Report of the Indian Hemp Drugs Commission, 1894-1895 - Volume VI
Year: 1894
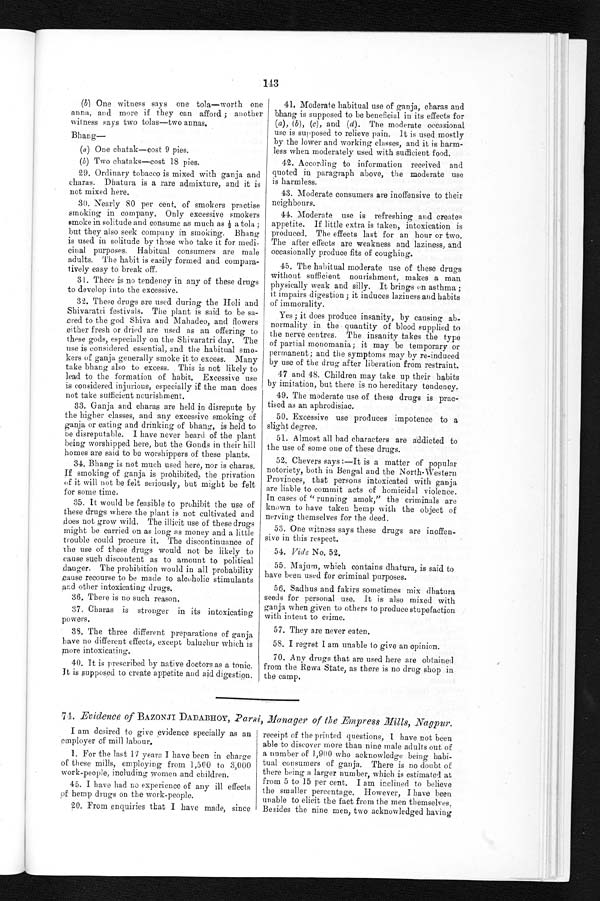
143
( b) One witness says one tola—worth one
anna, and more if they can afford ; another
witness says two tolas—two annas,
Bhang
—
(a) One chatak—cost 9 pies.
(b) Two chataks—cost 18 pies.
29. Ordinary tobacco is mixed with ganja and
charas. Dhatura is a rare admixture, and it is
not mixed here.
30. Nearly 80 per cent. of smokers practise
smoking in company. Only excessive smokers
smoke in solitude and consume as much as ½ a t o l a ;
but they also seek company in smoking. Bhang
is used in solitude by those who take it for medi--
cinal purposes. Habitual consumers are male
adults. The habit is easily formed and compara--
tively easy to break off.
31. There is no tendency in any of these drugs
to develop into the excessive.
32. These drugs are used during the Holi and
Shivaratri festivals. The plant is said to be sa
- c r e d t o t h e g o d S h i v a a n d M a h a d e o , a n d f l o w e r s
either fresh or dried are used as an offering to
these gods, especially on the Shivaratri day. The
use is considered essential, and the habitual smo
- k e r s o f g a n j a g e n e r a l l y s m o k e i t t o e x c e s s . M a n y
take bhang also to excess. This is not likely to
lead to the formation of habit. Excessive use
is considered injurious, especially if the man does
not take sufficient nourishment.
33. Ganja and charas are held in disrepute by
the higher classes, and any excessive smoking of
ganja or eating and drinking of bhang, is held to
be disreputable. I have never heard of the plant
being worshipped here, but the Gonds in their hill
homes are said to be worshippers of these plants.
34. Bhang is not much used here, nor is charas.
If smoking of ganja is prohibited, the privation
of it will not be felt seriously, but might be felt
for some time.
35. It would be feasible to prohibit the use of
these drugs where the plant is not cultivated and
does not grow wild. The illicit use of these drugs
might be carried on as long as money and a little
trouble could procure it. The discontinuance of
the use of these drugs would not be likely to
cause such discontent as to amount to political
danger. The prohibition would in all probability
c a u s e r e c o u r s e t o b e m a d e t o a l c o h o l i c s t i m u l a n t s
and other intoxicating drugs.
36. There is no such reason.
37. Charas is stronger in its intoxicating
powers.
38. The three different preparations of ganja
have no different effects, except baluchur which is
more intoxicating.
40. It is prescribed by native doctors as a tonic.
It is supposed to create appetite and aid digestion.
41. Moderate habitual use of ganja, charas and
bhang is supposed to be beneficial in its effects for
( a ), ( b ), ( c ), and (d). The moderate occasional
use is supposed to relieve pain. It is used mostly
by the lower and working classes, and it is harm--
less when moderately used with sufficient food.
42. According to information received and
quoted in paragraph above, the moderate use
is harmless.
43. Moderate consumers are inoffensive to their
neighbours.
44. Moderate use is refreshing and creates
appetite. If little extra is taken, intoxication is
produced. The effects last for an hour or two.
The after effects are weakness and laziness, and
occasionally produce fits of coughing.
45. The habitual moderate use of these drugs
without sufficient nourishment, makes a man
p h y s i c a l l y w e a k a n d s i l l y . I t b r i n g s o n a s t h m a ; i t i m p a i r s d i g e s t i o n ; i t i n d u c e s l a z i n e s s a n d h a b i t s
of immorality.
Yes ; it does produce insanity, by causing ab
-normality in the quantity of blood supplied to
the nerve centres. The insanity takes the type
of partial monomania ; it may be temporary or
permanent ; and the symptoms may by re-induced
by use of the drug after liberation from restraint.
47 and 48. Children may take up their habits
by imitation, but there is no hereditary tendency.
49. The moderate use of these drugs is prac
-tised as an aphrodisiac.
50. Excessive use produces impotence to a
slight degree.
51. Almost all bad characters are addicted to
the use of some one of these drugs.
52. Chevers says:—It is a matter of popular
notoriety, both in Bengal and the North-Western
Provinces, that persons intoxicated with ganja
are liable to commit acts of homicidal violence.
In cases of "running amok," the criminals are
known to have taken hemp with the object of
nerving themselves for the deed.
53. One witness says these drugs are inoffen
-sive in this respect.
54. Vide No. 52
.
55. Majum, which contains dhatura, is said to
have been used for criminal purposes.
56. Sadhus and fakirs sometimes mix dhatura
seeds for personal use. It is also mixed with
ganja when given to others to produce stupefaction
with intent to crime.
57. They are never eaten.
58. I regret I am unable to give an opinion.
70. Any drugs that are used here are obtained
from the Rewa State, as there is no drug shop in
the camp.
74. Evidence of BAZONJI DADABHOY, Parsi, Manager of the Empress Mills, Nagpur.
I am desired to give evidence specially as an
employer of mill labour.
1
. For the last 17 years I have been in charge
of these mills, employing from 1,500 to 3,000
work-people, including women and children.
45. I have had no experience of any ill effects
of hemp drugs on the work-people.
20. From enquiries that I have made, since
receipt of the printed questions, I have not been
able to discover more than nine male adults out of
a number of 1,900 who acknowledge being habi
- t u a l c o n s u m e r s o f g a n j a . T h e r e i s n o d o u b t o f
there being a larger number, which is estimated at
from 5 to 15 per cent. I am inclined to believe
the smaller percentage. However, I have been
unable to elicit the fact from the men themselves,
Besides the nine men, two acknowledged having